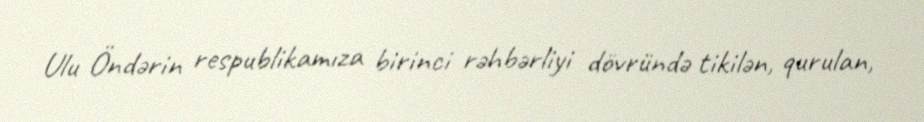
Ulu Öndərin respublikamıza birinci rəhbərliyi dövründə tikilən, qurulan,